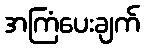
အကြံပေးချက်